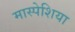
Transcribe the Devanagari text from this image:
मास्पेशिया